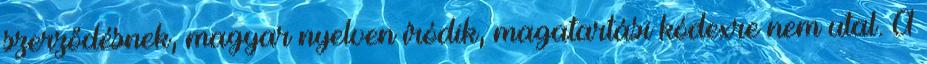
szerződésnek, magyar nyelven íródik, magatartási kódexre nem utal. A